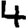
Digit: 4